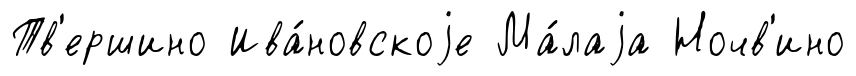
Тв'ершино Ива́новскоjе Ма́лаjа Ночв'ино